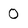
Character: O